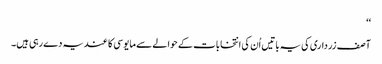
‘‘
آصف زرداری کی یہ باتیں اُن کی انتخابات کے حوالے سے مایوسی کا عندیہ دے رہی ہیں۔